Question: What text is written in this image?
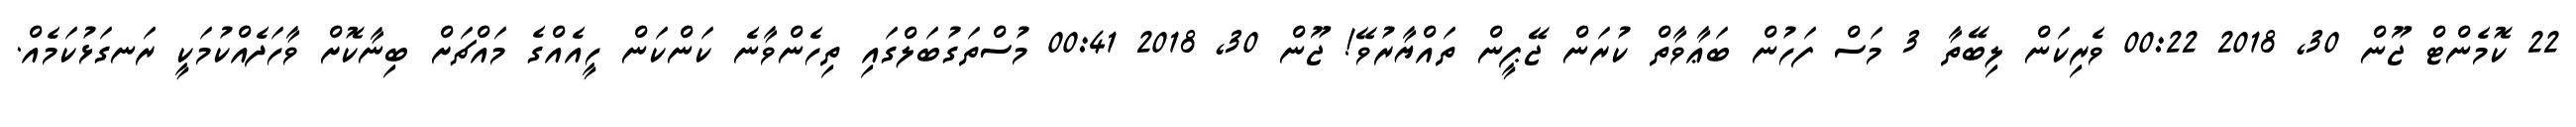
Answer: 22 ކޮމެންޓް ޖޫން 30, 2018 00:22 ވެރިކަން ލިބޭތާ 3 މަސް ފަހުން ބަޢާވާތް ކުރަން ޖޭޕީން ތައްޔާރުވޭ! ޖޫން 30, 2018 00:41 މުސްތަގުބަލްގައި ތިހެންވާނެ ކަންކަން ހީއެއްގެ މައްޗަށް ބިނާކޮށް ވާހަދެއްކުމަކީ ރަނގަޅުކަމެއް.